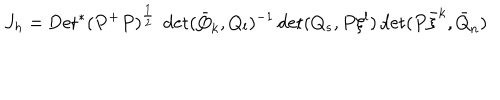
J _ { h } = \mathrm { D e t } ^ { * } ( P ^ { + } P ) ^ { \frac { 1 } { 2 } } ~ \det ( \bar { Q } _ { k } , Q _ { l } ) ^ { - 1 } \det ( Q _ { s } , P \xi ^ { l } ) \det ( P \bar { \xi } ^ { k } , \bar { Q } _ { n } )